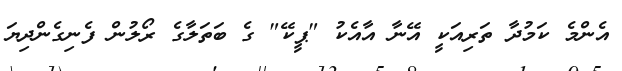
އެންމެ ކަމުދާ ތަރިއަކީ އޭނާ އާއެކު "ޕީކޭ" ގެ ބަތަލާގެ ރޯލުން ފެނިގެންދިޔަ